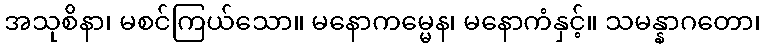
အသုစိနာ၊ မစင်ကြယ်သော။ မနောကမ္မေန၊ မနောကံနှင့်။ သမန္နာဂတော၊